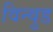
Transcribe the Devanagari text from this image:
विन्वुड